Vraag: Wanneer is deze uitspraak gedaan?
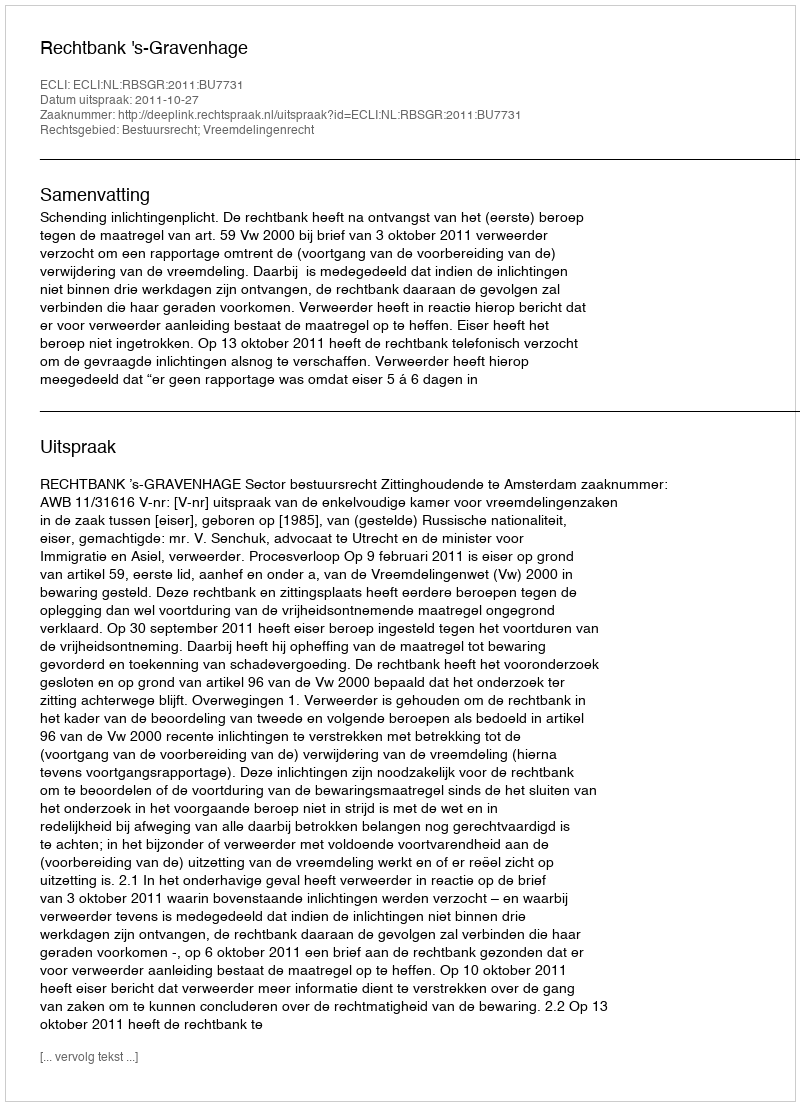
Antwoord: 2011-10-27